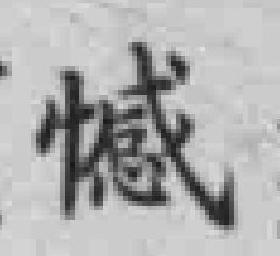
憾